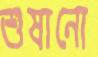
শুষানো